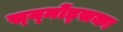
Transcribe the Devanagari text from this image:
स्य्मोंड्सका